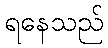
ရနေသည်